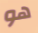
هو